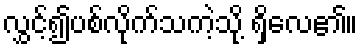
လွှင့်၍ပစ်လိုက်သကဲ့သို့ ရှိလေ၏။